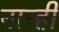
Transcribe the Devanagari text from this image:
नान्ही